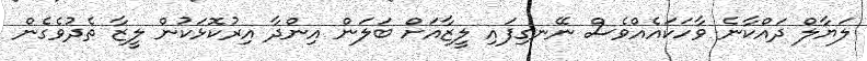
ލަޔާލް ދައްކާނެ ވާހަކައެއްވެސް ނޭނގިފައި ލީޒާއަށް ބަލަން އިންދާ އިރުކޮޅަކުން ލީޒާ ތެދުވެގެން